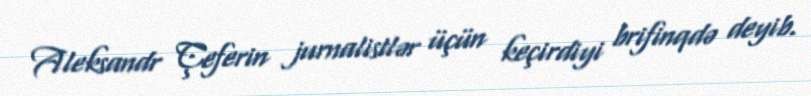
Aleksandr Çeferin jurnalistlər üçün keçirdiyi brifinqdə deyib.